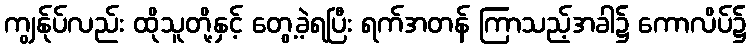
ကျွန်ုပ်လည်း ထိုသူတို့နှင့် တွေ့ခဲ့ရပြီး ရက်အတန် ကြာသည့်အခါ၌ ကောလိပ်၌